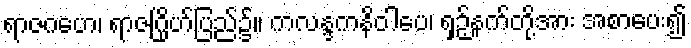
ရာဇဂဟေ၊ ရာဇဂြိုဟ်ပြည်၌။ ကလန္ဒကနိဝါပေ၊ ရှဉ့်နက်တို့အား အစာပေး၍